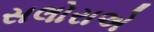
સલોરાએ